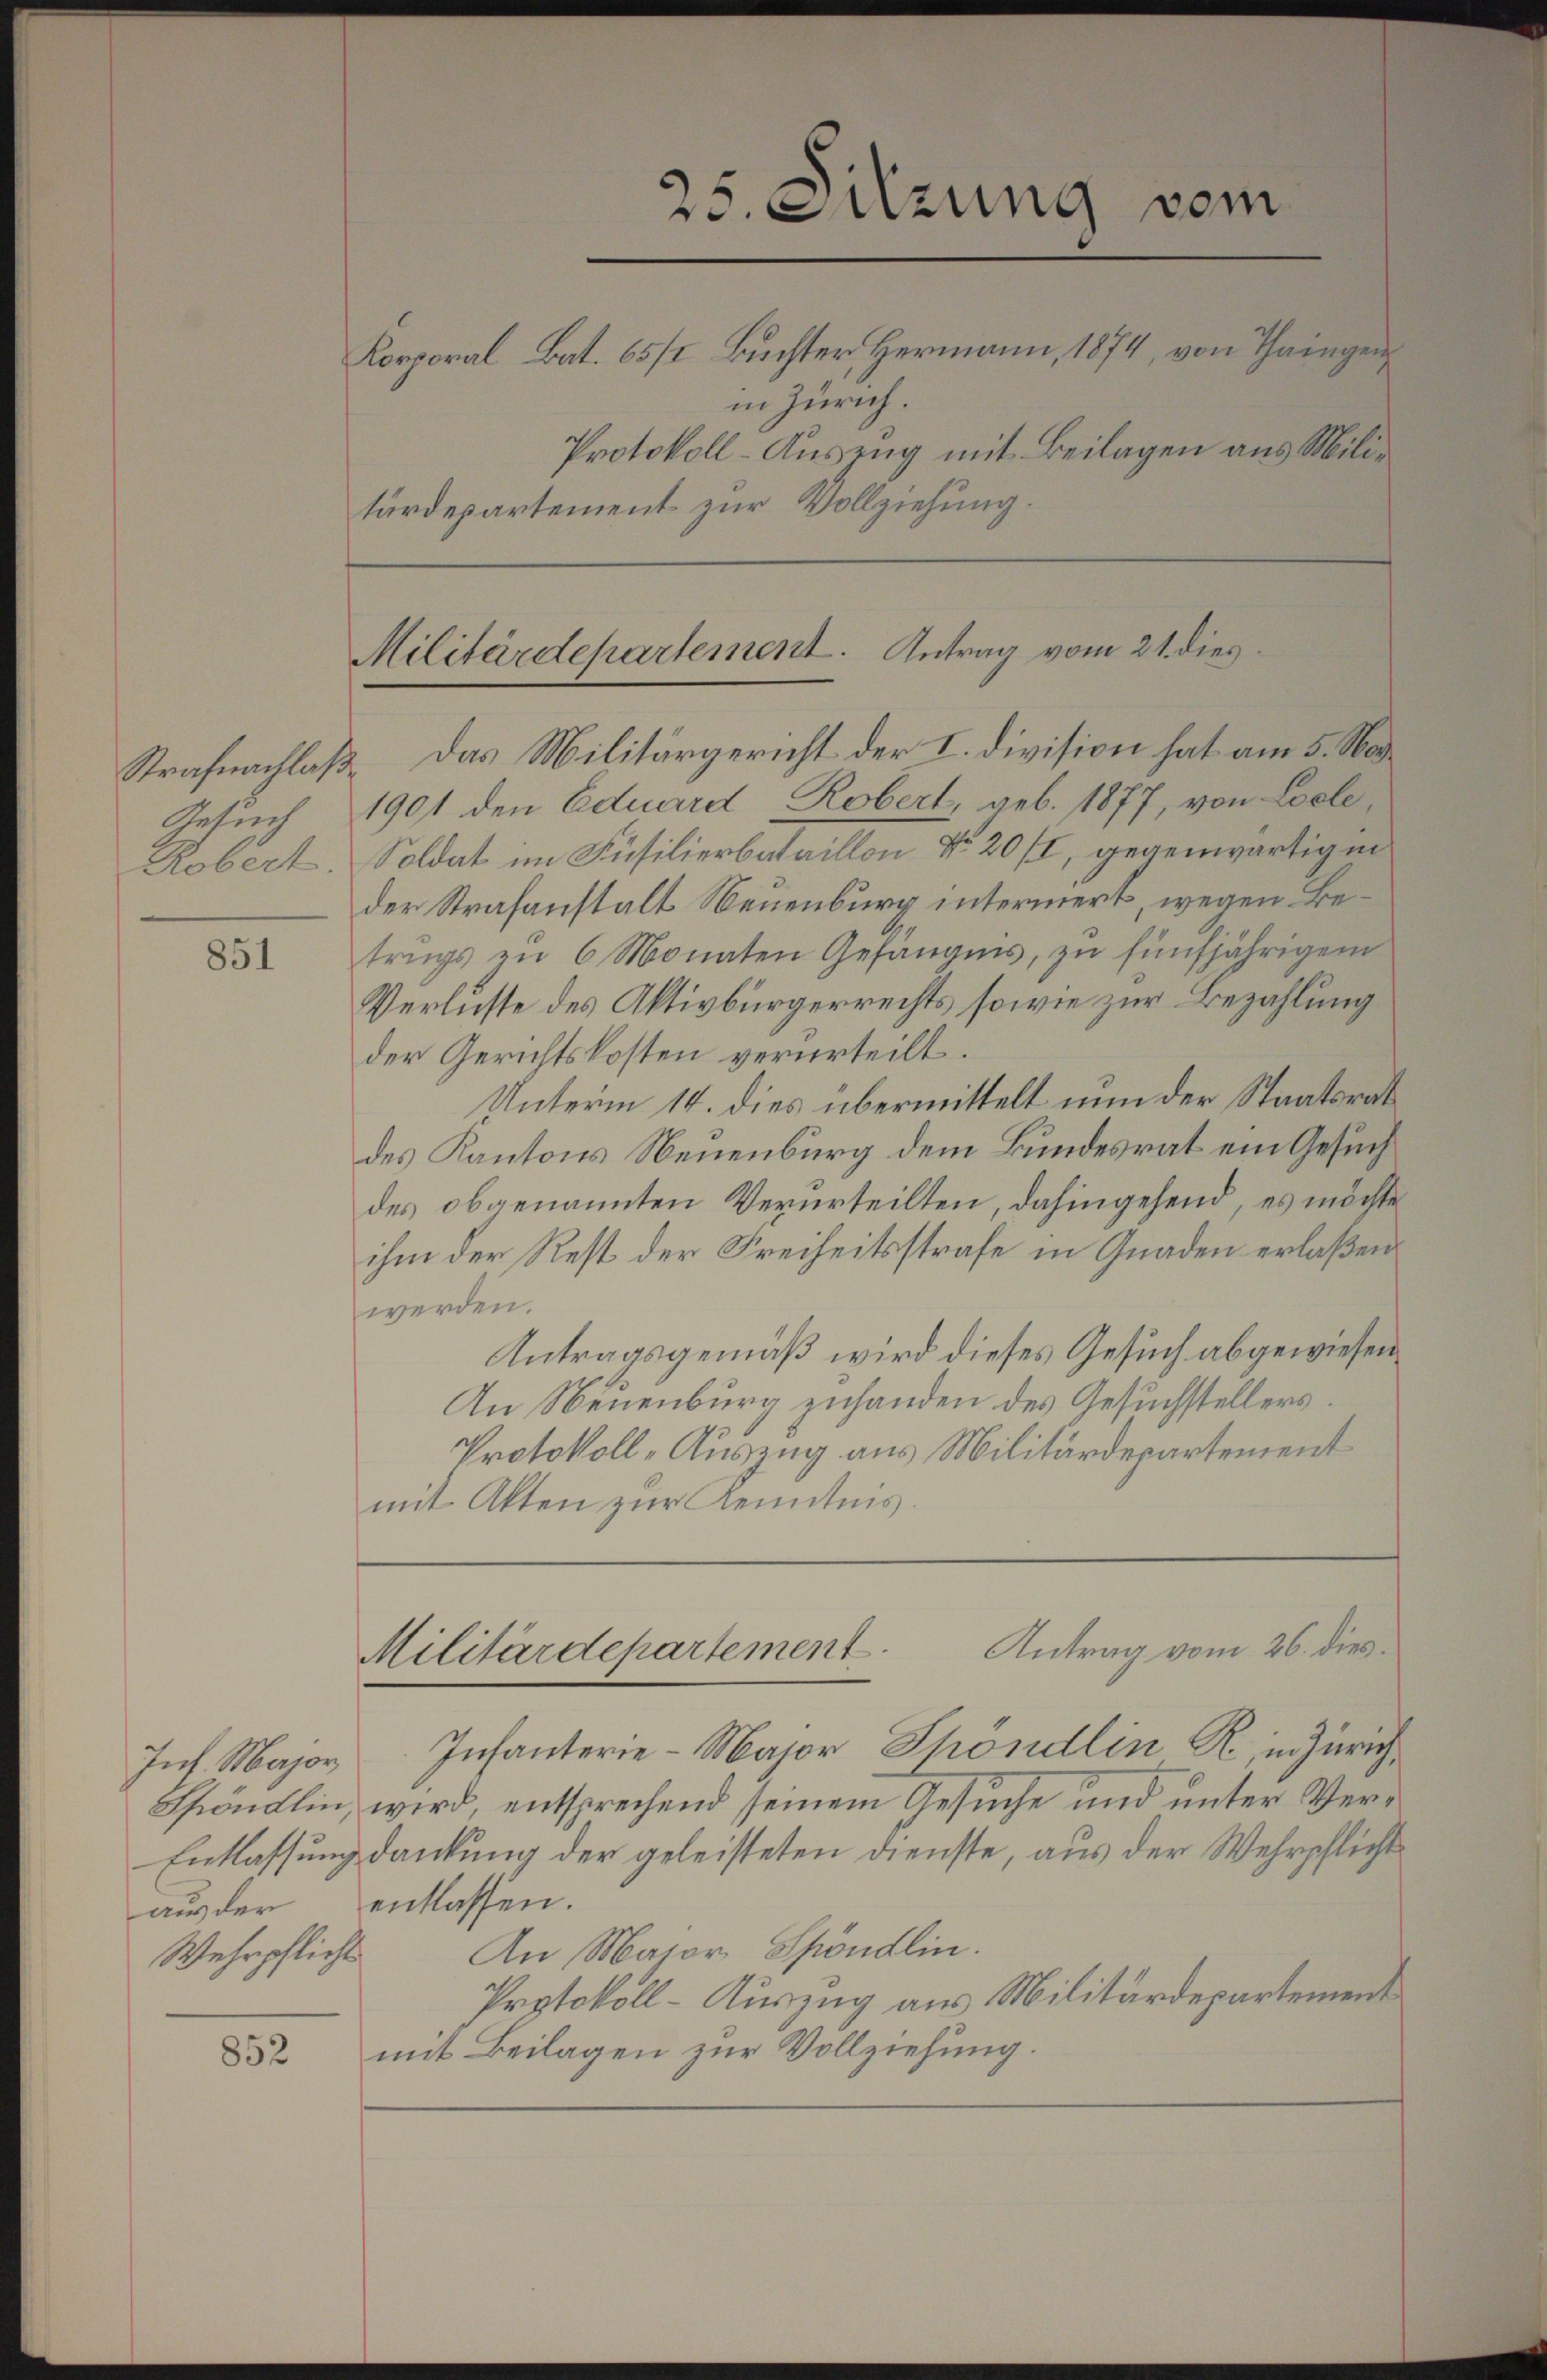
Gesuch

851

Wehrpflicht

852

25. Sitzung vom
Korporal Bat. 65/2 Buchter, Hermann, 1874, von Thaingen,
in Zürich.
Protokoll-Auszug mit Beilagen aus Militärdepartement zur Vollziehung.

Militärdepartement. Antrag vom 21. dies

Strafnachlaß. Das Militärgericht der I. Division hat am 5. Na¬
1901 den Eduard Robert, geb. 1877, von Coele,
Robert. Soldat im Füsilierbataillon No 20 fl, gegenwärtig in
der Strafanstalt Neuenburg intermert, wegen Betrugs zu 6 Monaten Gefängnis, zŭ fünfjährigem
Verluste des Aktivbürgerrechts sowie zur Bezahlung
der Gerichtskosten verurteilt.
Unterm 14. dies übermittelt nun der Staatsrat
des Kantons Neuenburg dem Bundesrat ein Gesuch
des obgenannten Verurteilten, dahingehend, es möchte
ihm der Rest der Freiheitsstrafe in Gnaden erlaßen
werden.
Antragsgemäß wird dieses Gesuch abgewiesen.
An Neuenburg zuhanden des Gesuchstellers
Protokoll-Auszug aus Militärdepartement
mit Akten zur Kenntnis.

Militärdepartement Antrag vom 26. dies

Ins. Major Infanterie-Major Spöndlin R. in Zürich
Spöndlin, wird, entsprechend seinem Gesuche und unter Ver¬
Entlassung dankung der geleisteten Dienste, aus der Wehrpflicht
aus der entlassen.
An Major Spöndlin.
Protokoll-Auszug aus Militärdepartement
mit Beilagen zur Vollziehung.